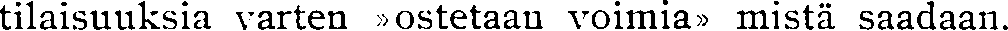
tilaisuuksia varten »ostetaan voimia» mistä saadaan.